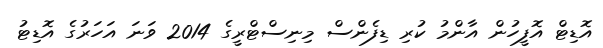
އޮޑިޓް އޮފީހުން އާންމު ކުރި ޑިފެންސް މިނިސްޓްރީގެ 2014 ވަނަ އަހަރުގެ އޮޑިޓު